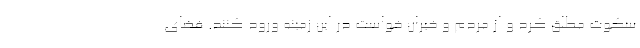
سکوت مطلق کرد و از مردم و خیران خواست در این زمینه ورود کنند. فضای